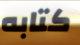
كتابه